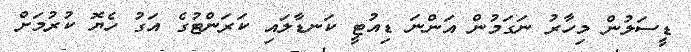
ޑީސަލުން މިހާރު ނަގަމުން އަންނަ ޑިއުޓީ ކަނޑާލައި ކަރަންޓުގެ އަގު ހެޔޮ ކުރުމަށް